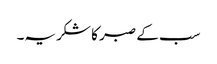
سب کے صبر کا شکریہ۔